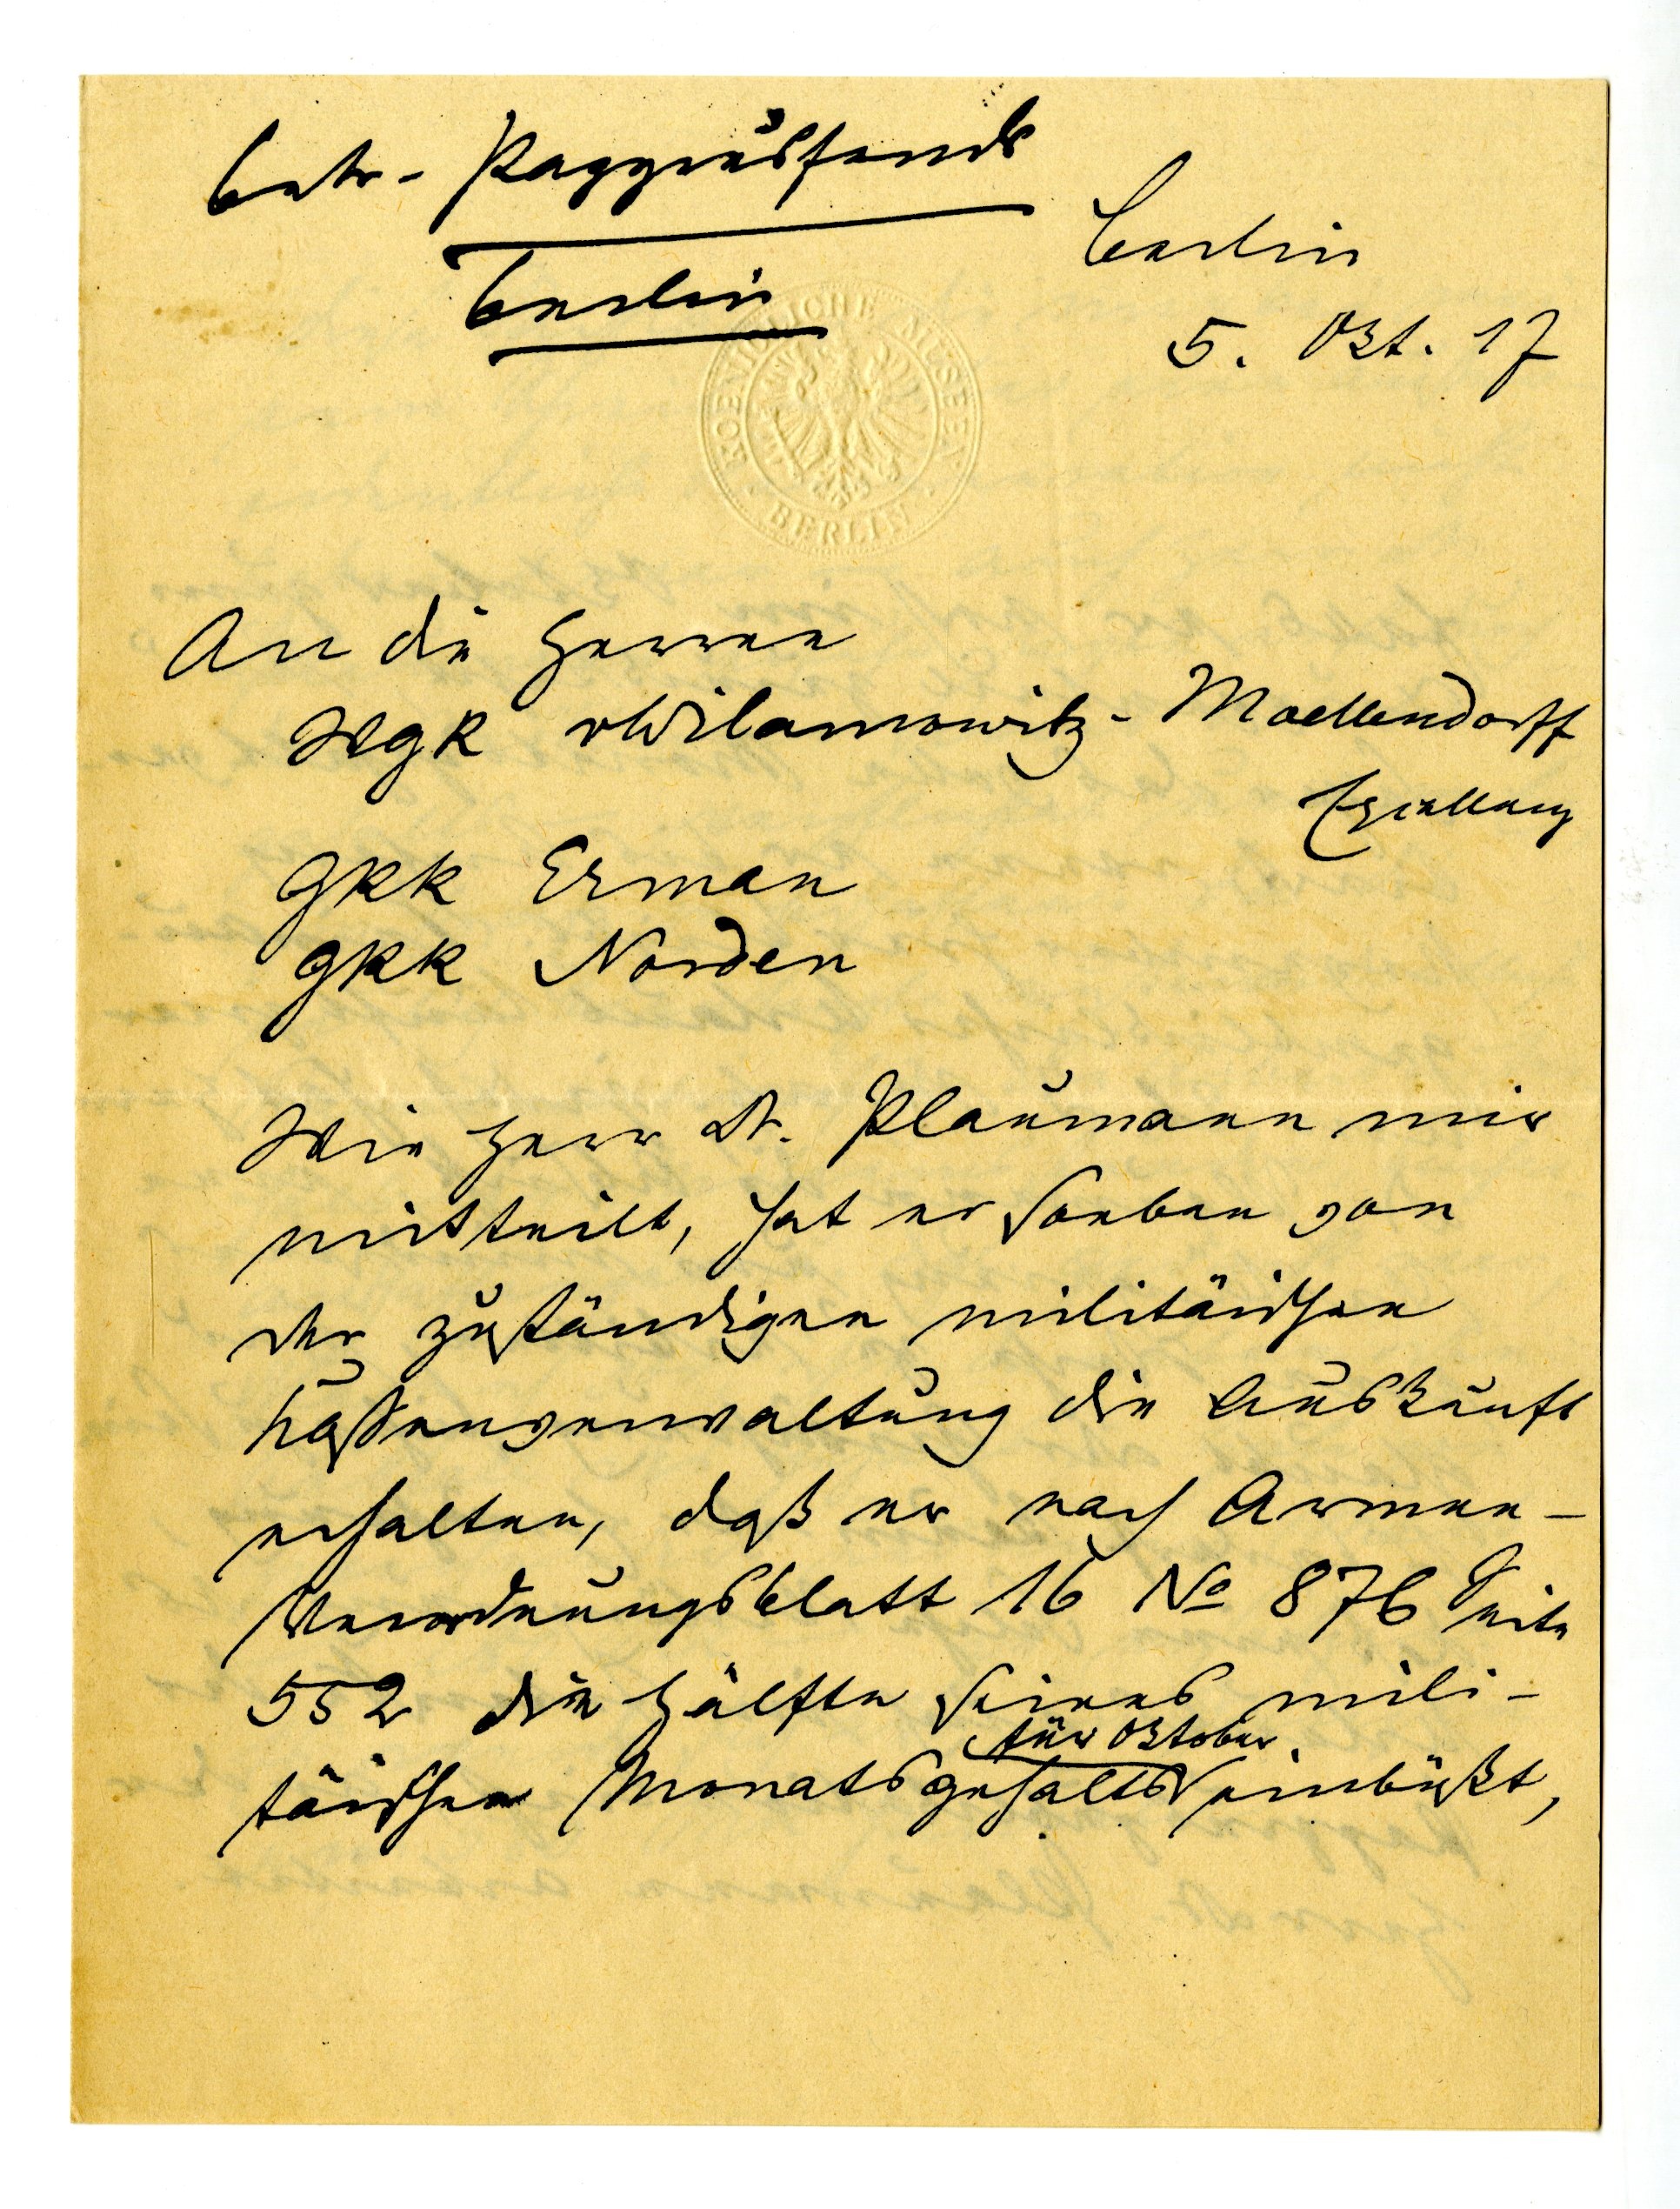
Berlin
Berlin
5. Okt. 17
An die Herren
WgR Wilamowitz-Moellendorff
Exzellenz
GRR Ermann
GRR Norden
Wie Herr Dr. Plaumann mir
mitteilt, hat er soeben von
der zuständigen militärischen
Kassenverwaltung die Auskunft
erhalten, daß er nach Armee¬
 verordnungsblatt 16 No 876 Seite
552 die Hälfte seines mili
für Oktober
tärischen Monatsgehalts einbüßt,